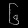
Digit: ၆